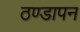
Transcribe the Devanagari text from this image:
ठण्‍डापन